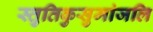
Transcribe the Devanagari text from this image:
स्तुतिकुसुमांजलि